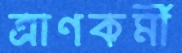
ত্রাণকর্মী